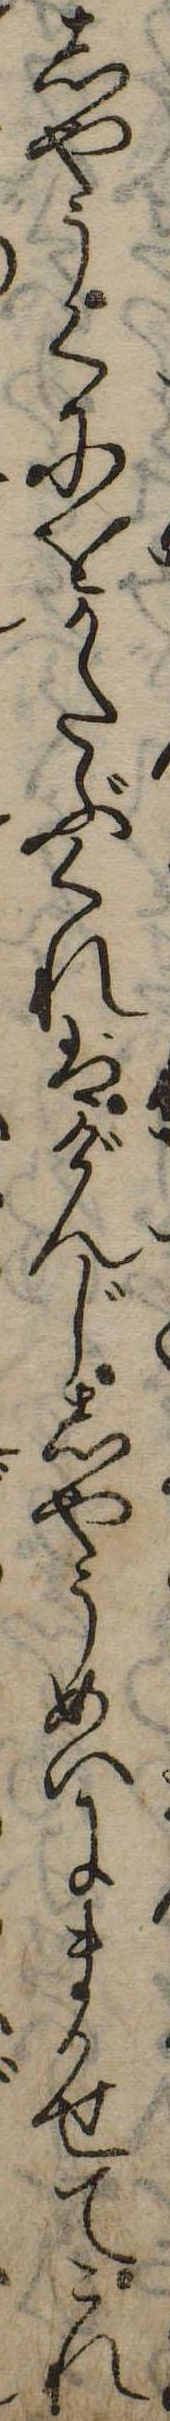
しやうくにをかたぶくれはげんじしやうめいにまかせてこれ